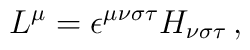
L^{\mu }=\epsilon ^{\mu \nu \sigma \tau }H_{\nu \sigma \tau }\,,